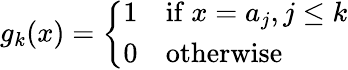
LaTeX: g_{k}(x)=\left\{ {\begin{array}{ll}{1}&{{\mathrm{if~}}x=a_{j},j\leq k}\\ {0}&{{\mathrm{otherwise}}}\end{array}}\right.